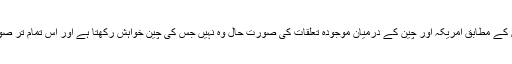
چین کی وزارتِ خارجہ کے بیان کے مطابق امریکہ اور چین کے درمیان موجودہ تعلقات کی صورتِ حال وہ نہیں جس کی چین خواہش رکھتا ہے اور اس تمام تر صورتِ حال کا ذمہ دار امریکہ ہے۔